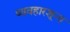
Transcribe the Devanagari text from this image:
व्यवहारशून्य